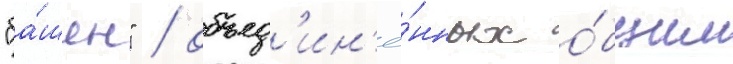
"ба́шен" / объед'ин'ё́нных о́бщим